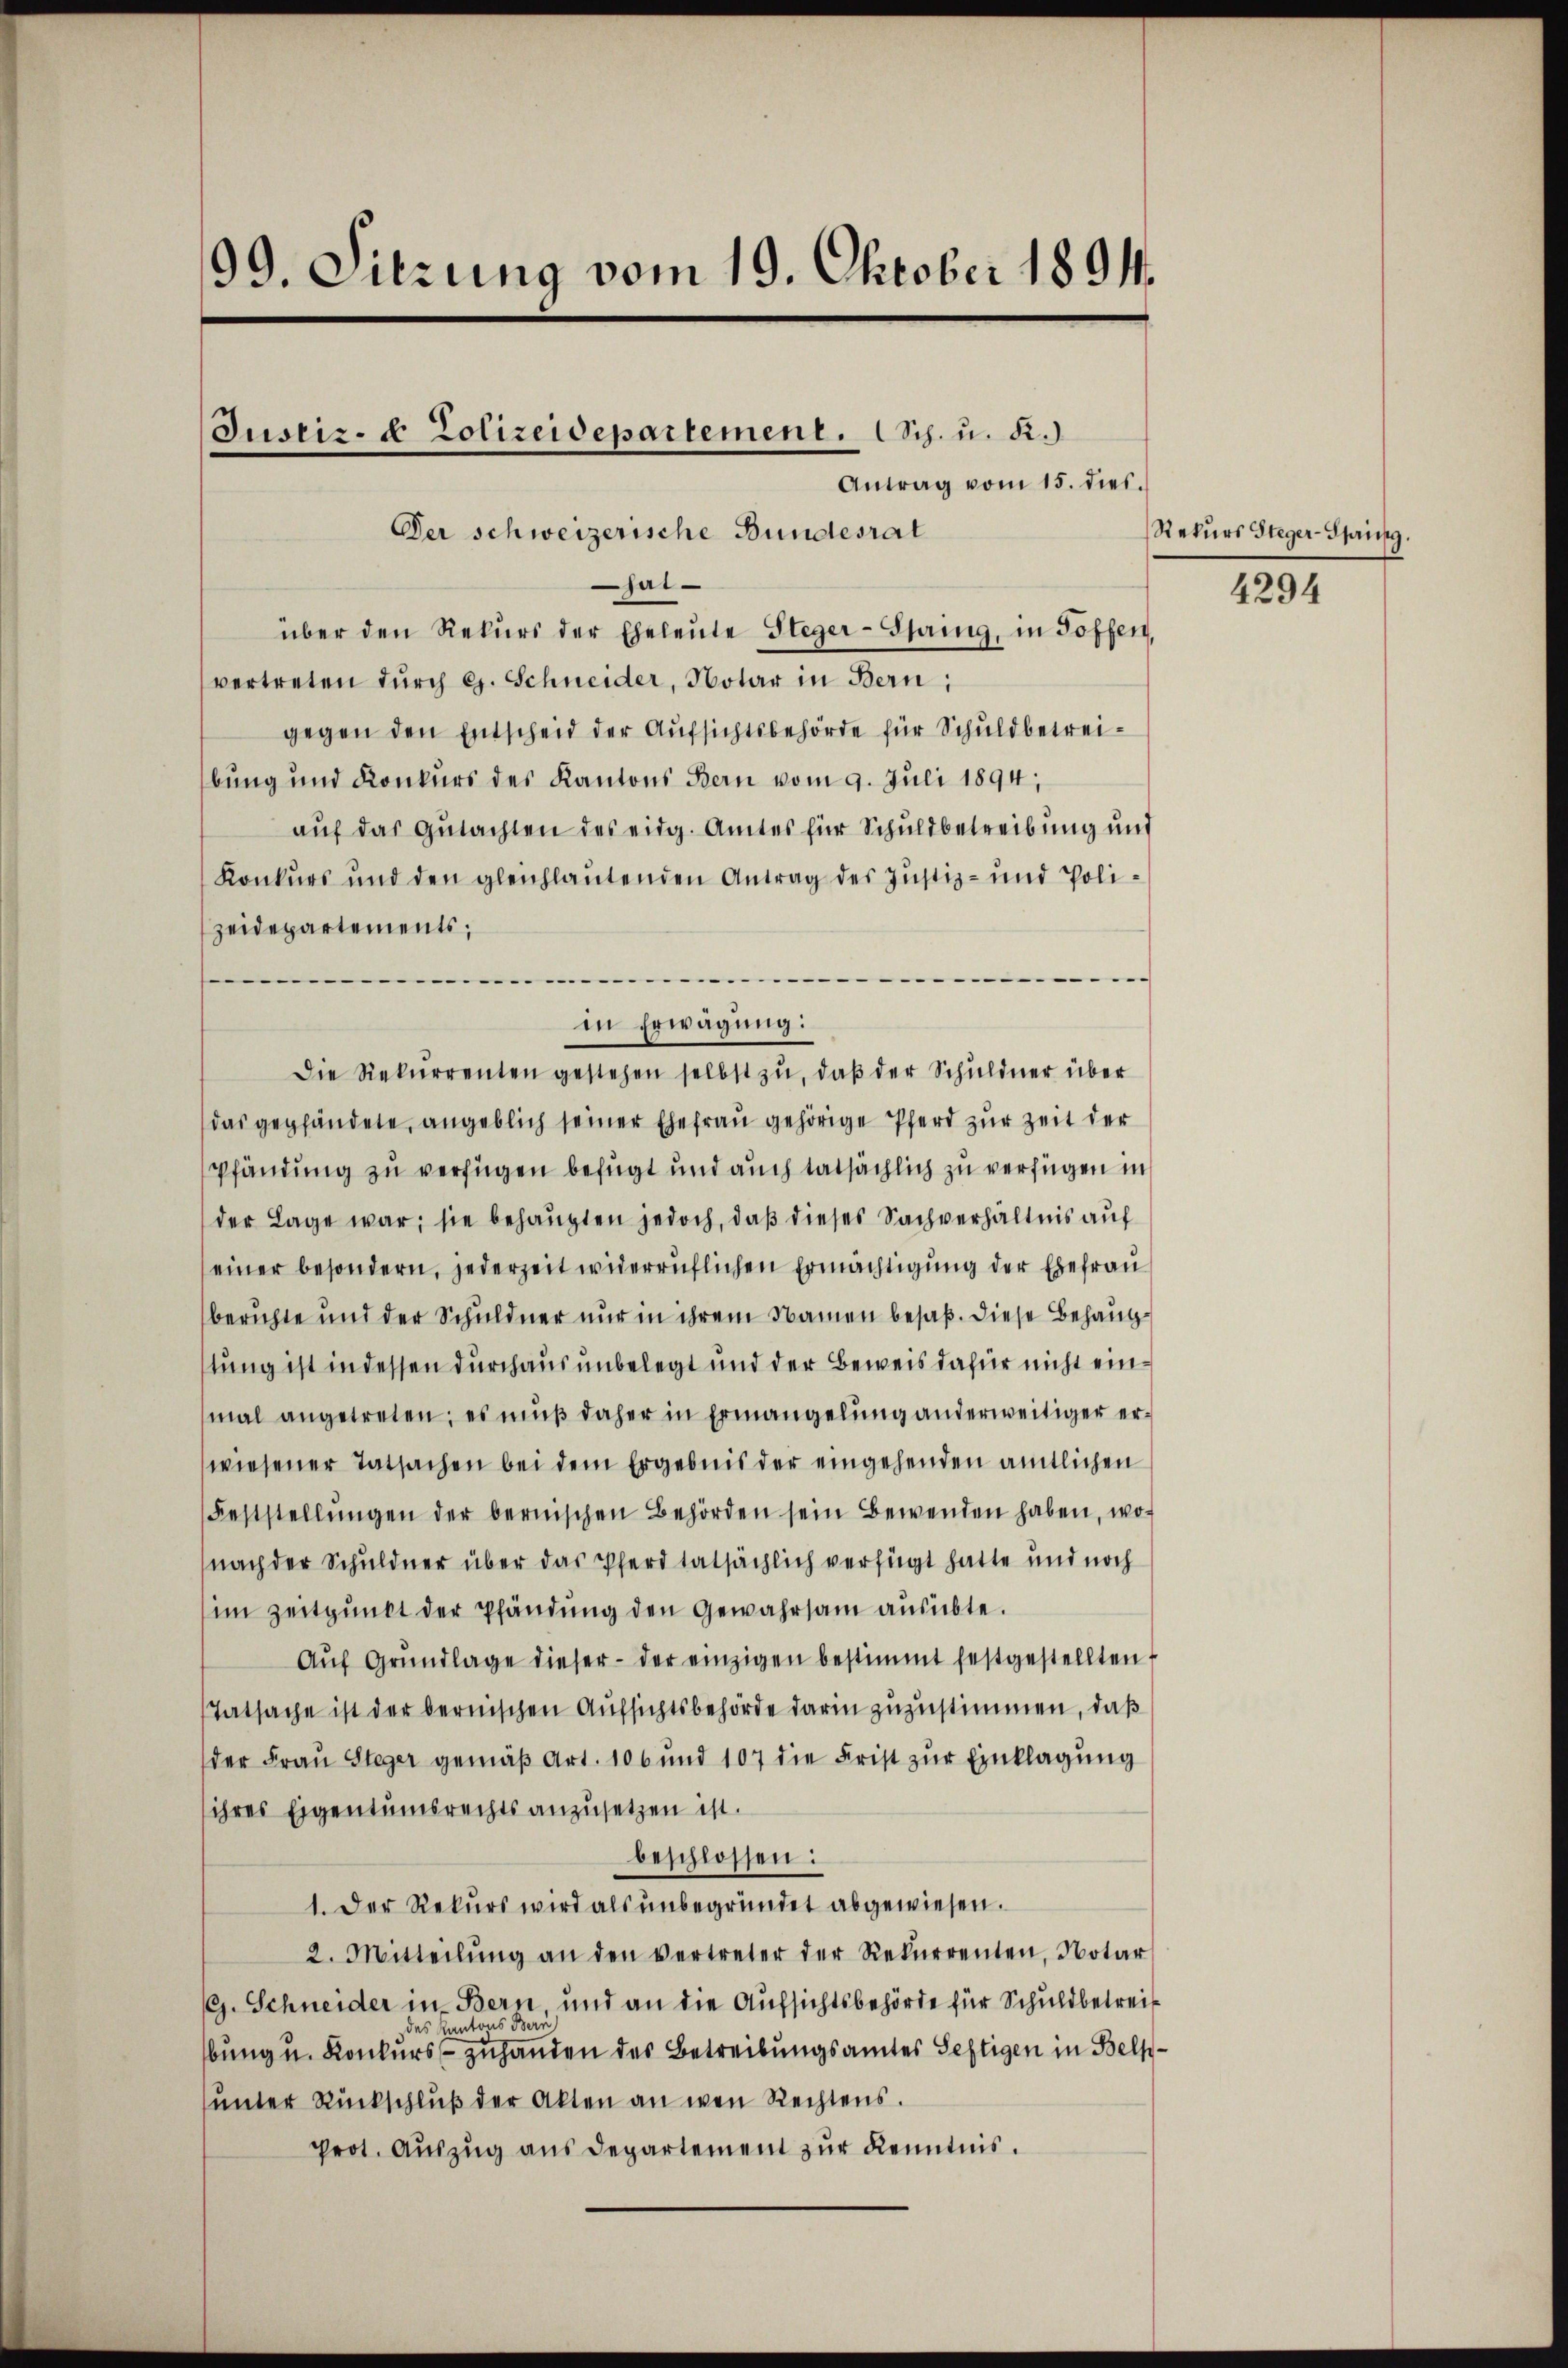
99. Sitzung vom 19. Oktober 1891.

Der schweizerische Bundesrat

e
über den Rekŭrs der Eheleute Steger-Steig, in Toffen,
vertreten durch G. Schneider, Notar in Bern,
gegen den Entscheid der Aufsichtsbehörde für Schuldbetreibung und Konkurs des Kantons Bern vom 9. Juli 1894,
auf das Gutachten des eidg. Amtes für Schuldbetreibung und
Konkurs und den gleichlautenden Antrag des Justiz- und Polizeidepartements;
.
f
in Erwägung:
Die Rekurrenten gestehen selbst zu, daβ der Schuldner über
das gepfändete, angeblich seiner Ehefrau gehörige Pferd zur Zeit der
pfändung zu verfügen befugt und auch tatsächlich zu verfügen in
der Lage war; sie behaupten jedoch, daß dieses Sachverhältnis auf
einer besondern, jederzeit widerruflichen Ermächtigung der Ehefrau
berichte und der Schuldner nur in ihrem Namen besaß. Diese Behauptung ist in dessen durchaus unbelegt und der Beweis dafür nicht einmal angetreten; es muß daher in Ermangelung anderweitiger erwiesener Tatsachen bei dem Ergebnis der eingehenden amtlichen
Feststellŭngen der bernischen Behörden sein Bewenden haben, wo
nach der Schuldner über das Pferd tatsächlich verfügt hatte und noch
im Zeitpunkt der Pfändung den Gewahrsam ausübte.
Aŭf Grŭndlage dieser der einzigen bestimmt festgestellten
Tatsache ist der bernischen Aufsichtsbehörde darin zuzustimmen, daß
der Frau Steger gemäß Art. 106 und 107 die Frist zur Einklagung
ihres Eigentumsrechts anzusetzen ist.
beschlossen:
1. Der Rekŭrs wird als ŭnbegründet abgewiesen.
2. Mitteilŭng an den vertreter der Rekurrenten, Notar
G. Schneider in Bern und an die Aufsichtsbehörde für Schuldbetreit
es Kantons Ber
bung u. Konkurs – zuhanden des Betreibungsamtes Seftigen in Belsŭnter Rückschlŭβ der Akten an wen Rechtens.
prot. Auszug aus Departement zur Kenntnis.

Justiz- & Polizeidepartement. (Sch. u. R.)

Antrag vom 15. dies

Rekurs Steger-Spring

4294